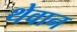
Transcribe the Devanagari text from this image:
थेवान